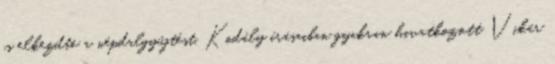
is elkezdte a népdalgyűjtést. Kodály írásaiban gyakran hivatkozott Vikár